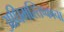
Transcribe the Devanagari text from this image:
अधिमस्तिष्काचा